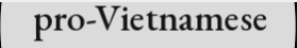
pro-Vietnamese